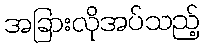
အခြားလိုအပ်သည့်